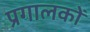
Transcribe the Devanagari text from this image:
प्रगालकों